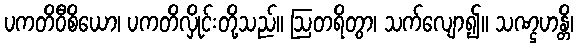
ပကတိဝီစိယော၊ ပကတိလှိုင်းတို့သည်။ ဩတရိတွာ၊ သက်လျော၍။ သဏ္ဌဟန္တိ၊